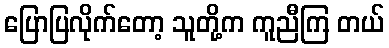
ပြောပြလိုက်တော့ သူတို့က ကူညီကြ တယ်